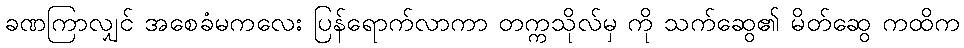
ခဏကြာလျှင် အစေခံမကလေး ပြန်ရောက်လာကာ တက္ကသိုလ်မှ ကို သက်ဆွေ၏ မိတ်ဆွေ ကထိက